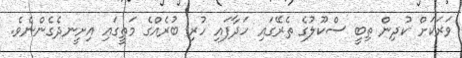
ވަރަކަށް ކުދިން ތިބީ ސްކޫލުގެ ތެރޭގައި ހަދާފައި ހުރި ބުރެއްގެ މަތީގައި އިށީނދެގެންނެވެ.